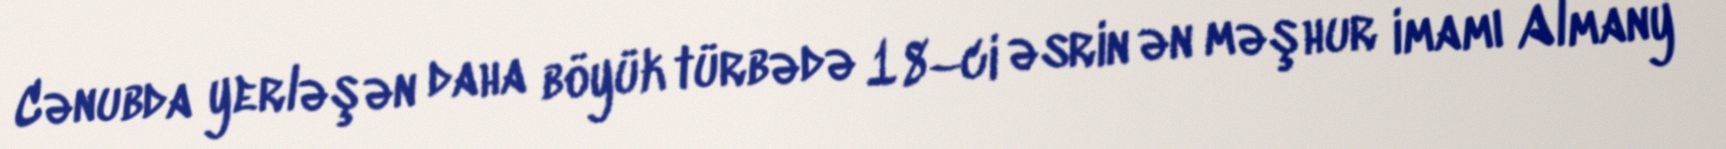
Cənubda yerləşən daha böyük türbədə 18–ci əsrin ən məşhur imamı Almany